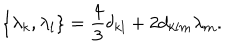
\{ { \lambda } _ { k } , { \lambda } _ { l } \} = \frac { 4 } { 3 } { \delta } _ { k l } + 2 d _ { k l m } { \lambda } _ { m } .